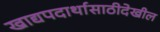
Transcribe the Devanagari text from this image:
खाद्यपदार्थासाठीदेखील